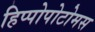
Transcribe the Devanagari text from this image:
हिप्पोपोटोमस